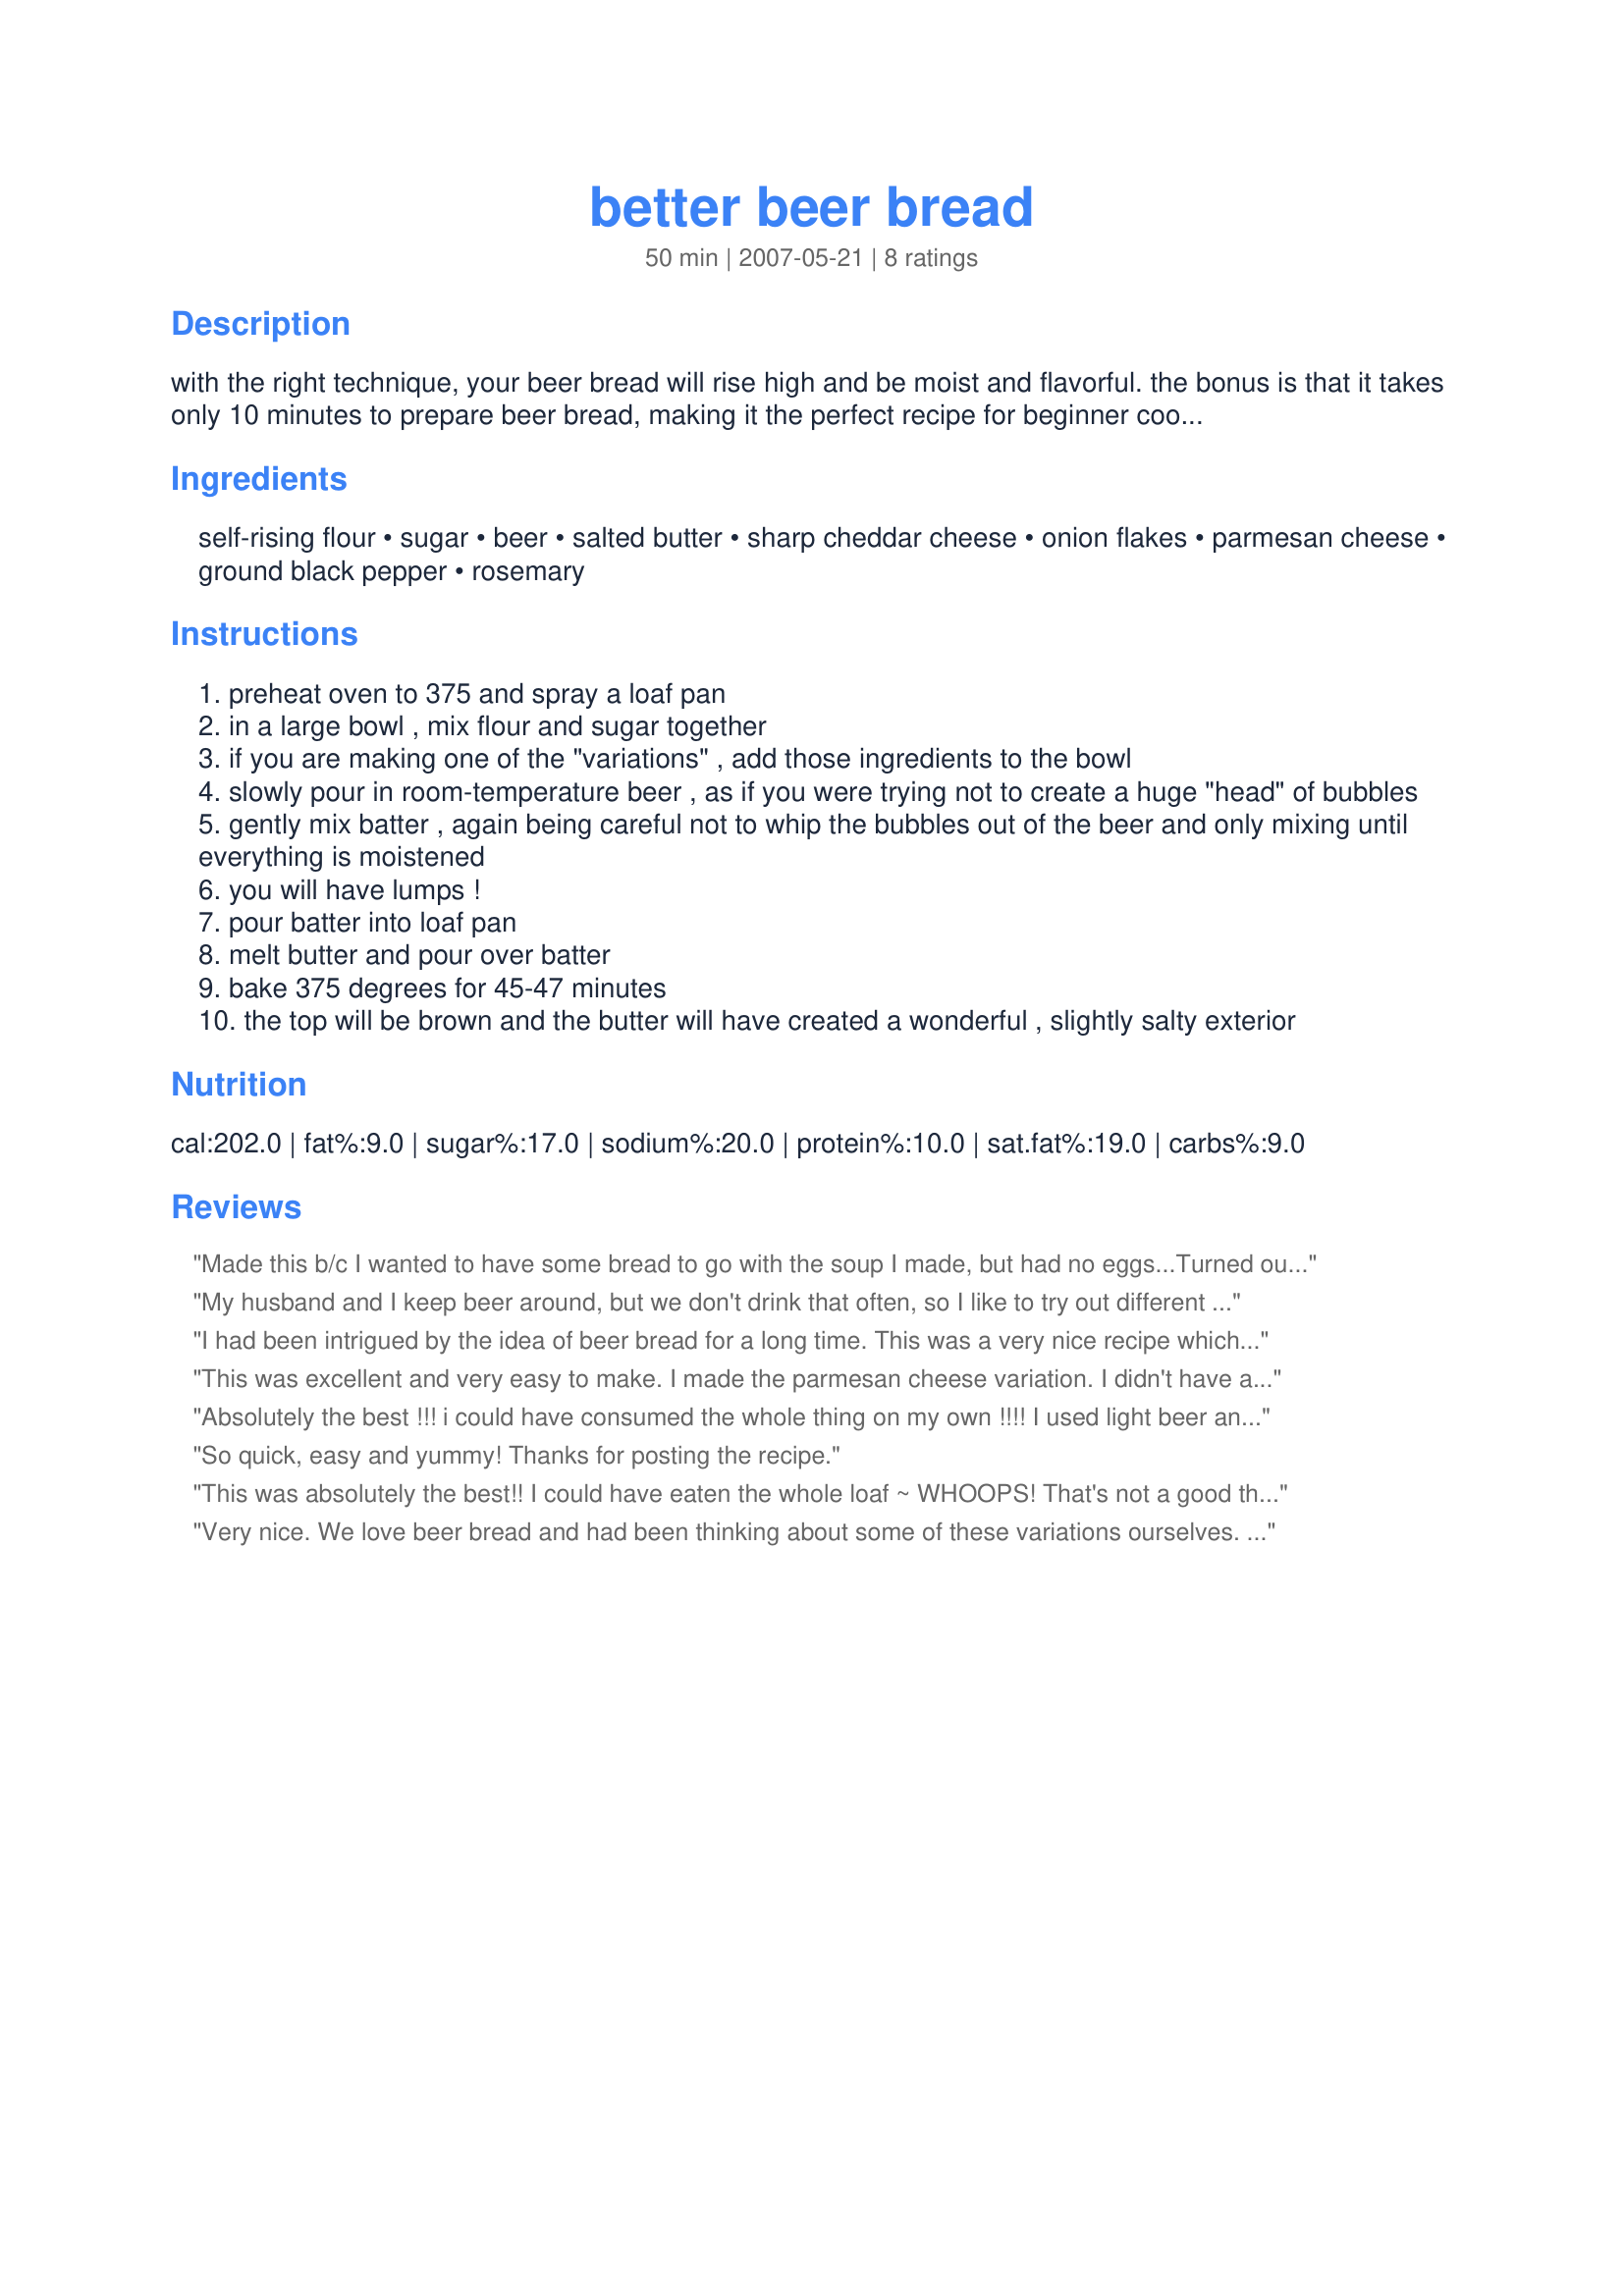
better beer bread
Preparation time: 50 minutes

with the right technique, your beer bread will rise high and be moist and flavorful. the bonus is that it takes only 10 minutes to prepare beer bread, making it the perfect recipe for beginner cooks!
i've posted two variations that will give your bread additional flavor, although you can make it with the first four ingredients and you will be back to "normal" beer bread, which is still wonderful!

Ingredients:
self-rising flour, sugar, beer, salted butter, sharp cheddar cheese, onion flakes, parmesan cheese, ground black pepper, rosemary

Steps:
preheat oven to 375 and spray a loaf pan
in a large bowl , mix flour and sugar together
if you are making one of the "variations" , add those ingredients to the bowl
slowly pour in room-temperature beer , as if you were trying not to create a huge "head" of bubbles
gently mix batter , again being careful not to whip the bubbles out of the beer and only mixing until everything is moistened
you will have lumps !
pour batter into loaf pan
melt butter and pour over batter
bake 375 degrees for 45-47 minutes
the top will be brown and the butter will have created a wonderful , slightly salty exterior

Reviews:
Made this b/c I wanted to have some bread to go with the soup I made, but had no eggs...Turned out delicious, especially the crusty edges. I made variation 1 and, despite putting extra cheese (unfortuantely didn't have sharp cheddar), the bread didn't really have much taste. I would definitely put more onion flakes as well as the extra cheese. Overall, easy to make and pretty tasty. Oh, I had to sub 3 cups all purpose with 3 tsp baking powder and 1 1/2 tsp salt for the self rising flour.
My husband and I keep beer around, but we don't drink that often, so I like to try out different beer breads. I made this alongside Recipe #14988, and we couldn't decide which one we liked better. This was a great recipe! I had to make my own self-rising flour by adding 1 1/2 teaspoons baking powder and 1/2 teaspoon salt per one cup all-purpose flour. I used Shiner Bock, and I just made the plain bread, with no variations. We really liked this, and I look forward to trying the cheese/onion variation. Thanks.
I had been intrigued by the idea of beer bread for a long time. This was a very nice recipe which came together very quickly. My only complaint was that you omitted the salt and even with the parmesan cheese it still, in my humble opinion needed a little bit. My hubby though adored it as it was!
This was excellent and very easy to make. I made the parmesan cheese variation. I didn't have any ground rosemary so I added a 1/4 teaspoon of Emeril's Italian Seasoning blend. Thanks Cookin'Diva!!
Absolutely the best !!! i could have consumed the whole thing on my own !!!! I used light beer and tried the cheddar cheese option and it was a wonderful experience .Thanks for posting .
So quick, easy and yummy! Thanks for posting the recipe.
This was absolutely the best!! I could have eaten the whole loaf ~ WHOOPS! That's not a good thing, but at the time I didn't care!!! The recipe was so easy and simple, and what a great result ~ will impress everyone. The only thing I did different was to make my own self-rising flour, I used 41/2 teaspoons baking powder and 1 1/2 teaspoons salt. ( The rule of thumb that I go by is 1 1/2 teaspoon baking powder and 1/2 teaspoon salt per cup of regular flour instead of using "self rising flour"). I used a micro brew, Fat Tire and the results were FABULOUS! If there are any leftovers (and that would be a "BIG IF"), the next day, butter both sides and put on a griddle (like grilled cheese). OMG!! You won't believe how good this is!!!
Very nice. We love beer bread and had been thinking about some of these variations ourselves. I was so glad to see your recipe. I have made one loaf each way. For the cheddar, I think that I will add a bit more next time. The parmesan cheese though we liked exactly as written.
